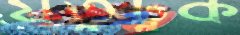
যতুটুক